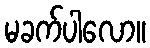
မခက်ပါလော။